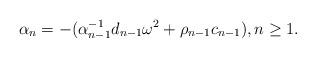
LaTeX: \begin{align*}&\alpha_n=-(\alpha^{-1}_{n-1}d_{n-1}\omega^2+\rho_{n-1}c_{n-1}), n\geq 1. \end{align*}